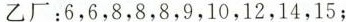
乙厂：6，6，8，8，8，9，10，12，14，15；